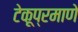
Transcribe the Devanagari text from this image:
टेकूप्रमाणे